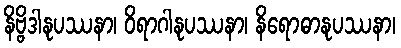
နိဗ္ဗိဒါနုပဿနာ၊ ဝိရာဂါနုပဿနာ၊ နိရောဓာနုပဿနာ၊